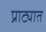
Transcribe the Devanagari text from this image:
प्राट्यात